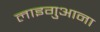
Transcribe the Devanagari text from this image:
लाइगुआना